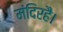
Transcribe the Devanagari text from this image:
मंदिरहै।